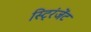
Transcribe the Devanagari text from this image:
स्ट्रिंजेंट